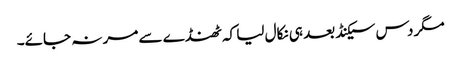
مگر دس سیکنڈ بعد ہی نکال لیا کہ ٹھنڈے سے مر نہ جائے۔